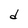
Character: d